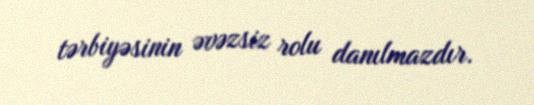
tərbiyəsinin əvəzsiz rolu danılmazdır.